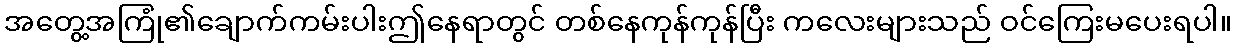
အတွေ့အကြုံ၏ချောက်ကမ်းပါးဤနေရာတွင် တစ်နေကုန်ကုန်ပြီး ကလေးများသည် ဝင်ကြေးမပေးရပါ။